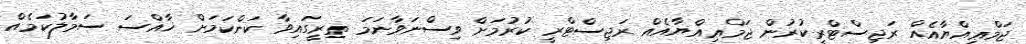
ޖަމްޢިއްޔާއެއް ރަޖިސްޓްރީކުރުން ޖަމްޢިއްޔާއެއް ރަޖިސްޓްރީ ކުރުމަށް ވިސްނަވާނަމަ ތިރީގައިވާ ކަންކަމަށް ޚާއްސަ ސަމާލުކަމެއް